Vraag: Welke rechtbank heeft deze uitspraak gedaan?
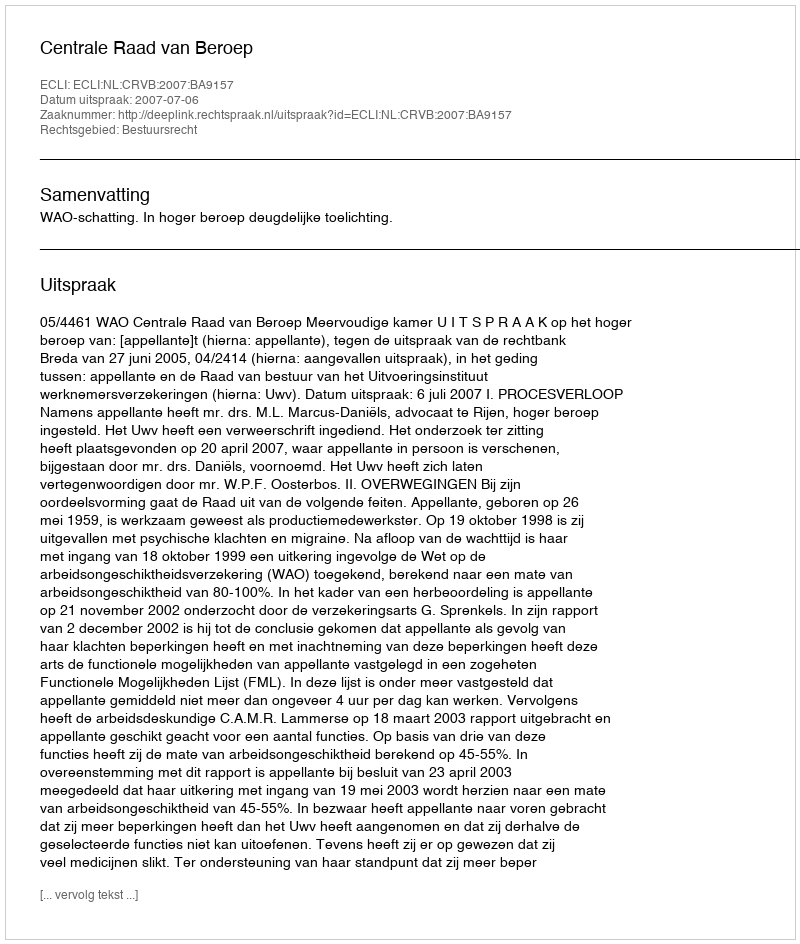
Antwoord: Centrale Raad van Beroep